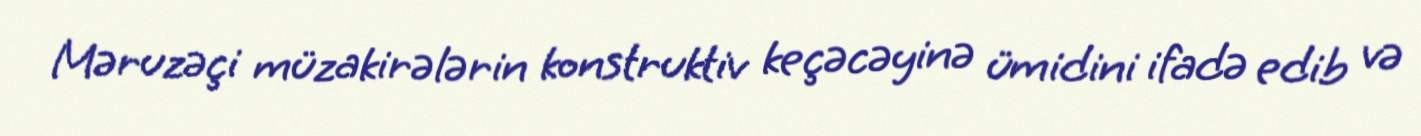
Məruzəçi müzakirələrin konstruktiv keçəcəyinə ümidini ifadə edib və